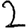
Digit: 2